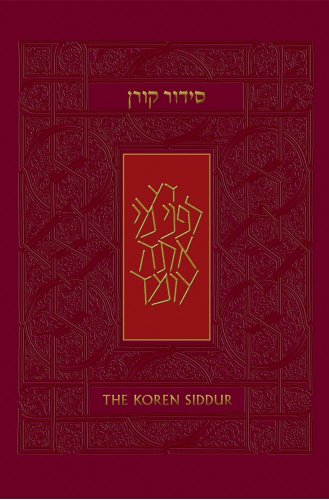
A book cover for Koren Sacks Siddur, Nusah Sepharad, Compact, HC (Hebrew Edition); Jonathan Sacks; Religion & Spirituality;